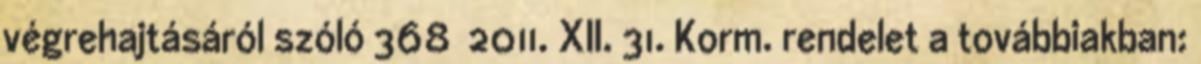
végrehajtásáról szóló 368 2011. XII. 31. Korm. rendelet a továbbiakban: